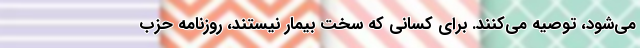
می‌شود، توصیه می‌کنند. برای کسانی که سخت بیمار نیستند، روزنامه حزب